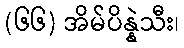
(၆၆) အိမ်ပိန္နဲသီး၊